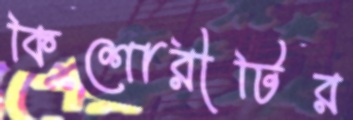
কিশোরীটির